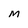
Character: M